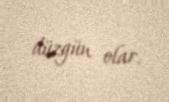
düzgün olar.